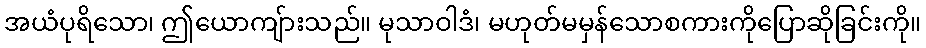
အယံပုရိသော၊ ဤယောကျ်ားသည်။ မုသာဝါဒံ၊ မဟုတ်မမှန်သောစကားကိုပြောဆိုခြင်းကို။